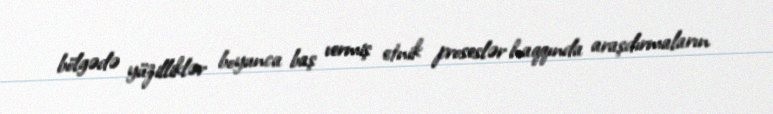
bölgədə yüzilliklər boyunca baş vermiş etnik proseslər haqqında araşdırmaların